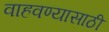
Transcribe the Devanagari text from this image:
वाहवण्यासाठी